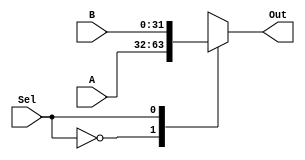
module mux1 (
		input [31:0] A, B,
		input Sel,
		output reg [31:0] Out
	);

	always @(Sel, A, B) begin
		case (Sel)
			0: Out = A;
			1:	Out = B;
		endcase
	end

endmodule